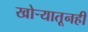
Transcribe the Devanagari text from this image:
खोर्‍यातूनही